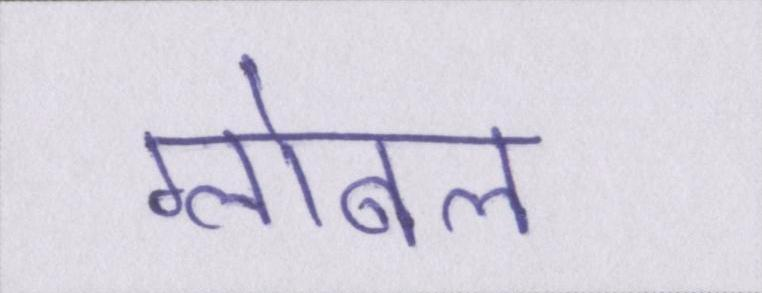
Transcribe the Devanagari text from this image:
ग्लोबल